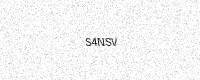
Text: S4NSV